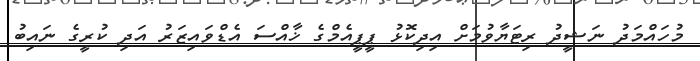
މުހައްމަދު ނަޝީދު ރިޓަޔާވުމަށް އިދިކޮޅު ޕީޕީއެމްގެ ޚާއްސަ އެޑްވައިޒަރު އަދި ކުރީގެ ނައިބު